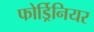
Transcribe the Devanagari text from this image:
फोर्ड्रिनियर